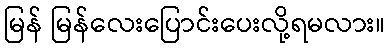
မြန် မြန်လေးပြောင်းပေးလို့ရမလား။